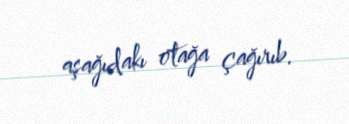
aşağıdakı otağa çağırıb.